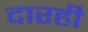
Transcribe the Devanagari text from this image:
दारही